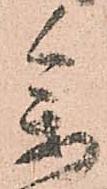
参